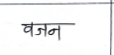
मजकूर: वजन